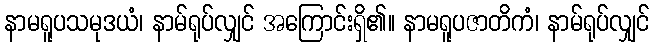
နာမရူပသမုဒယံ၊ နာမ်ရုပ်လျှင် အကြောင်းရှိ၏။ နာမရူပဇာတိကံ၊ နာမ်ရုပ်လျှင်